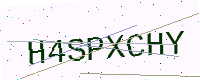
Text: H4SPXCHY